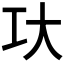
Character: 𰋚